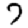
Digit: 7